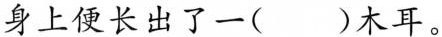
身上便长出了一( )木耳。